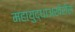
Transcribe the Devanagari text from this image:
महायुद्धाअखेरीस